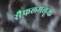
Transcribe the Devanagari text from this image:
सैफलमलूक